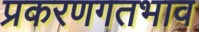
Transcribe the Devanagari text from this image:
प्रकरणगतभाव